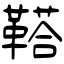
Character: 鞳